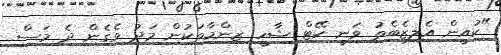
"ކުއީން އެލިޒެބެތު ވަނީ ކޭޓް ޝާހީ ޒިންމާތަކުން މަދު ވެގެން ދެ މަސް